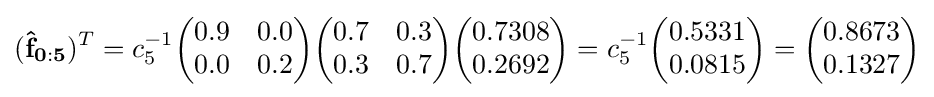
(\mathbf {{\hat {f}}_{0:5}} )^{T}=c_{5}^{-1}{\begin{pmatrix}0.9&0.0\\0.0&0.2\end{pmatrix}}{\begin{pmatrix}0.7&0.3\\0.3&0.7\end{pmatrix}}{\begin{pmatrix}0.7308\\0.2692\end{pmatrix}}=c_{5}^{-1}{\begin{pmatrix}0.5331\\0.0815\end{pmatrix}}={\begin{pmatrix}0.8673\\0.1327\end{pmatrix}}